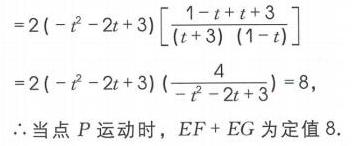
\[
\begin{align*}
&=2(-t^{2}-2t + 3)\left[\frac{1 - t + t + 3}{(t + 3)(1 - t)}\right]\\
&=2(-t^{2}-2t + 3)\left(\frac{4}{-t^{2}-2t + 3}\right)=8,
\end{align*}
\]
\(\therefore\)当点\(P\)运动时，\(EF + EG\)为定值\(8\).